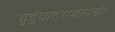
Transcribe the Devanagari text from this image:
युद्धादरम्यानची